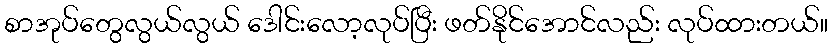
စာအုပ်တွေလွယ်လွယ် ဒေါင်းလော့လုပ်ပြီး ဖတ်နိုင်အောင်လည်း လုပ်ထားတယ်။